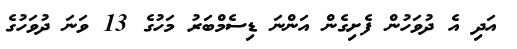
އަދި އެ ދުވަހުން ފެށިގެން އަންނަ ޑިސެމްބަރު މަހުގެ 13 ވަނަ ދުވަހުގެ